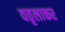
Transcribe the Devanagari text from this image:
वतृलाकर